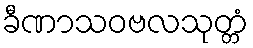
ခီဏာသဝဗလသုတ္တံ